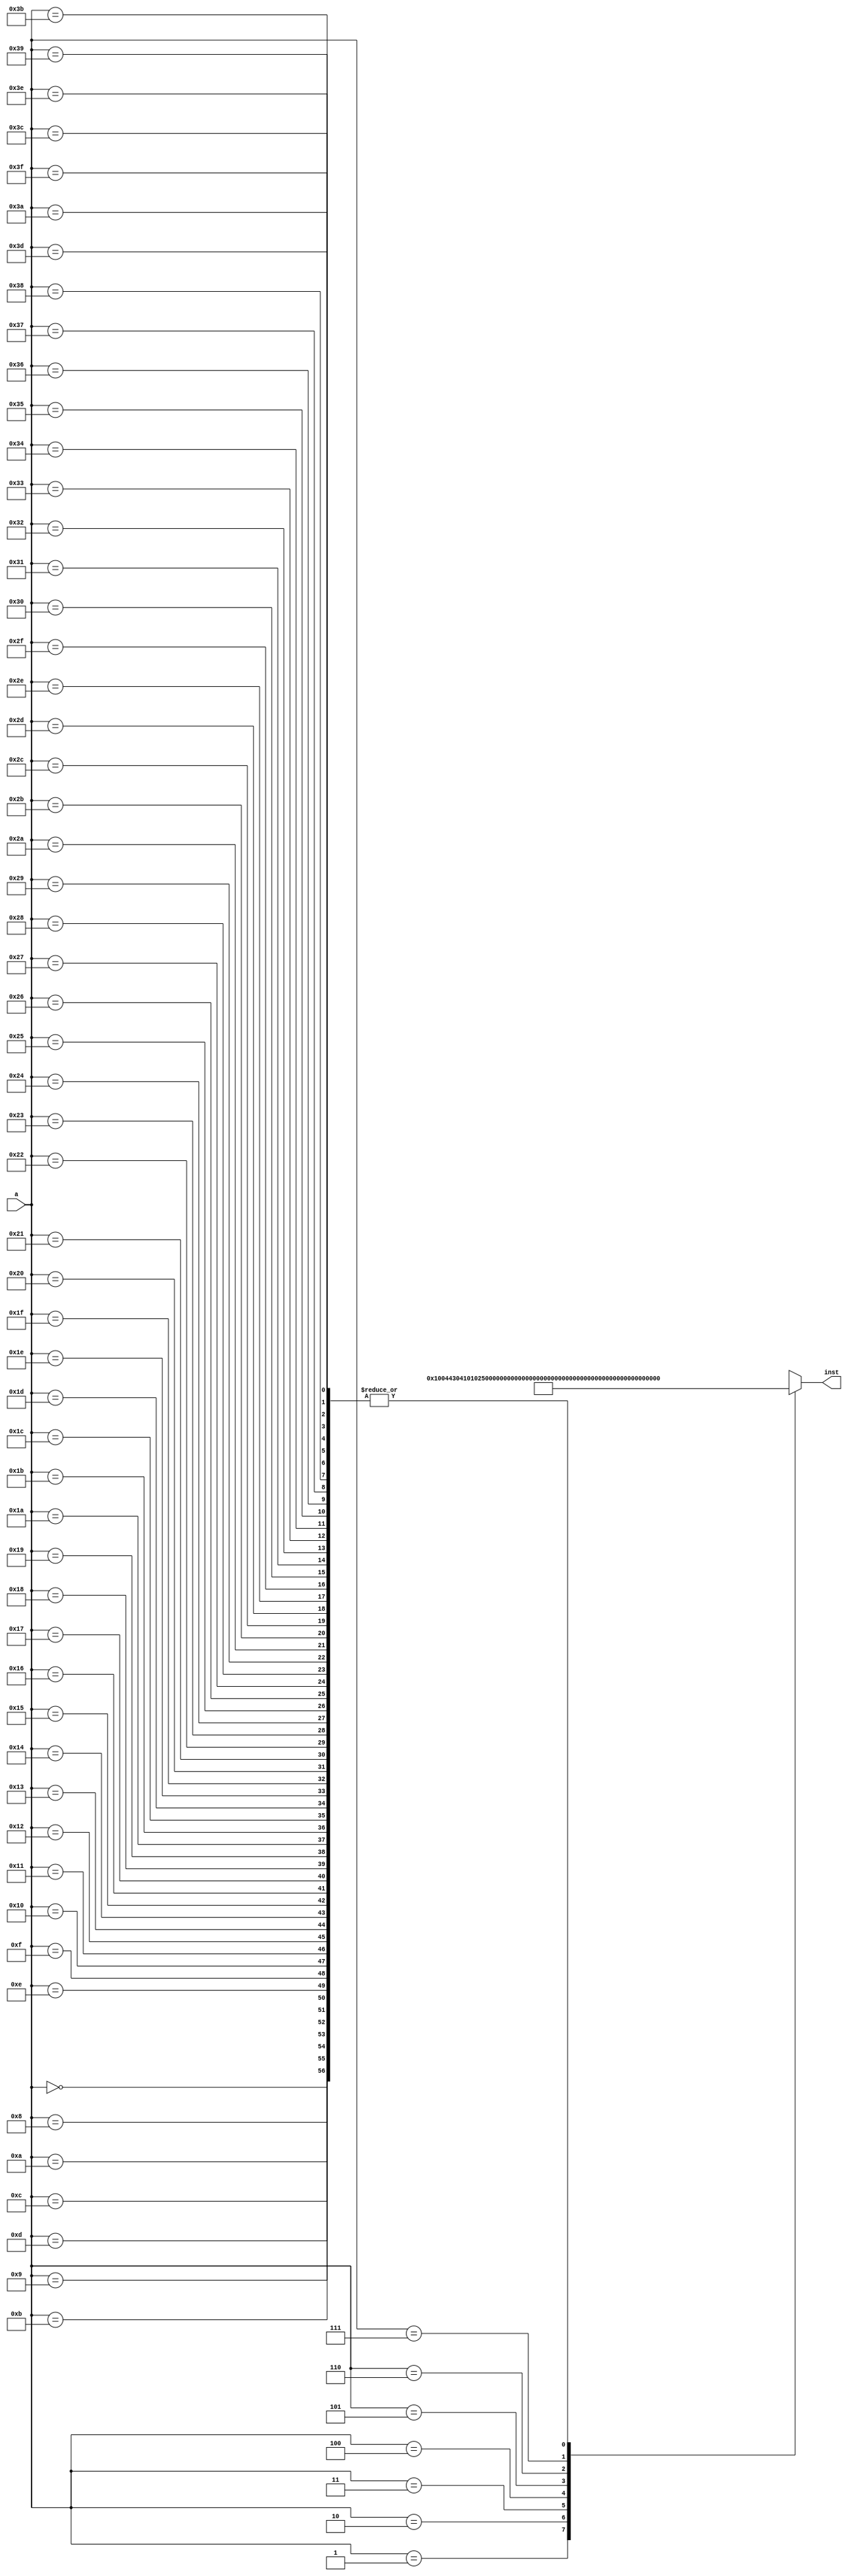
`timescale 1ns / 1ps
//////////////////////////////////////////////////////////////////////////////////
// Company: 
// Engineer: 
// 
// Design Name: 
// Module Name:    Inst_ROM 
// Project Name: 
// Target Devices: 
// Tool versions: 
// Description: 
//
// Dependencies: 
//
// Revision: 
// Revision 0.01 - File Created
// Additional Comments: 
//
//////////////////////////////////////////////////////////////////////////////////
module Inst_ROM(a,inst
    );
	 input [5:0] a;
	 output [31:0] inst;
	 wire [31:0] rom [0:63];

	 assign rom[6'h00]=32'h00000000;
	 assign rom[6'h01]=32'h00100443;		//add  r1, r2, r3;  r1 = r2+ r3 =  5
	 assign rom[6'h02]=32'h04101025;		//and  r4, r1, r5;  r4 = r1 & r5 
	 assign rom[6'h03]=32'h042018E1;		//or  r6, r7, r1;  r6 = 1111 | r1 = 1111
	 assign rom[6'h04]=32'h14002828;		//addi  r8, r1, 0x000a;	r8 = r1 + a = 5 + a = f
	 assign rom[6'h05]=32'h37FFD501;		//load  r1, 0xfff5(r8);
	 assign rom[6'h06]=32'h08312401;		//sll  r9, r1, 0x02;
	 assign rom[6'h07]=32'h38009C29;   //store  r9, 0x0027(r1);
	 assign rom[6'h08]=32'h00000000;
	 assign rom[6'h09]=32'h00000000;
	 assign rom[6'h0A]=32'h00000000;
	 assign rom[6'h0B]=32'h00000000;
	 assign rom[6'h0C]=32'h00000000;
	 assign rom[6'h0D]=32'h00000000;
	 assign rom[6'h0E]=32'h00000000;
	 assign rom[6'h0F]=32'h00000000;
	 assign rom[6'h10]=32'h00000000;
	 assign rom[6'h11]=32'h00000000;
	 assign rom[6'h12]=32'h00000000;
	 assign rom[6'h13]=32'h00000000;
	 assign rom[6'h14]=32'h00000000;
	 assign rom[6'h15]=32'h00000000;
	 assign rom[6'h16]=32'h00000000;
	 assign rom[6'h17]=32'h00000000;
	 assign rom[6'h18]=32'h00000000;
	 assign rom[6'h19]=32'h00000000;
	 assign rom[6'h1A]=32'h00000000;
	 assign rom[6'h1B]=32'h00000000;
	 assign rom[6'h1C]=32'h00000000;
	 assign rom[6'h1D]=32'h00000000;
	 assign rom[6'h1E]=32'h00000000;
	 assign rom[6'h1F]=32'h00000000;
	 assign rom[6'h20]=32'h00000000;
	 assign rom[6'h21]=32'h00000000;
	 assign rom[6'h22]=32'h00000000;
	 assign rom[6'h23]=32'h00000000;
	 assign rom[6'h24]=32'h00000000;
	 assign rom[6'h25]=32'h00000000;
	 assign rom[6'h26]=32'h00000000;
	 assign rom[6'h27]=32'h00000000;
	 assign rom[6'h28]=32'h00000000;
	 assign rom[6'h29]=32'h00000000;
	 assign rom[6'h2A]=32'h00000000;
	 assign rom[6'h2B]=32'h00000000;
	 assign rom[6'h2C]=32'h00000000;
	 assign rom[6'h2D]=32'h00000000;
	 assign rom[6'h2E]=32'h00000000;
	 assign rom[6'h2F]=32'h00000000;
	 assign rom[6'h30]=32'h00000000;
	 assign rom[6'h31]=32'h00000000;
	 assign rom[6'h32]=32'h00000000;
	 assign rom[6'h33]=32'h00000000;
	 assign rom[6'h34]=32'h00000000;
	 assign rom[6'h35]=32'h00000000;
	 assign rom[6'h36]=32'h00000000;
	 assign rom[6'h37]=32'h00000000;
	 assign rom[6'h38]=32'h00000000;
	 assign rom[6'h39]=32'h00000000;
	 assign rom[6'h3A]=32'h00000000;
	 assign rom[6'h3B]=32'h00000000;
	 assign rom[6'h3C]=32'h00000000;
	 assign rom[6'h3D]=32'h00000000;
	 assign rom[6'h3E]=32'h00000000;
	 assign rom[6'h3F]=32'h00000000;
	 
	 assign inst=rom[a];
endmodule